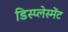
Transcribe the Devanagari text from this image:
डिस्प्लेस्मेंट